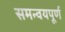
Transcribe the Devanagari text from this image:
समन्वयपूर्ण